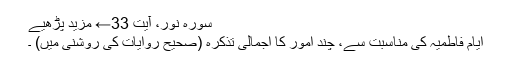
سورہ نور، آیت 33← مزید پڑھیے
ایامِ فاطمیہ کی مناسبت سے، چند امور کا اجمالی تذکرہ (صحیح روایات کی روشنی میں) ۔